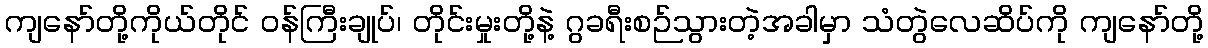
ကျနော်တို့ကိုယ်တိုင် ဝန်ကြီးချုပ်၊ တိုင်းမှုးတို့နဲ့ ဂွခရီးစဉ်သွားတဲ့အခါမှာ သံတွဲလေဆိပ်ကို ကျနော်တို့